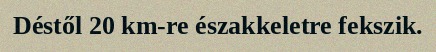
Déstől 20 km-re északkeletre fekszik.